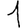
Digit: 1